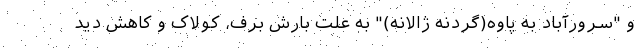
و "سرورآباد به پاوه(گردنه ژالانه)" به علت بارش برف، کولاک و کاهش دید